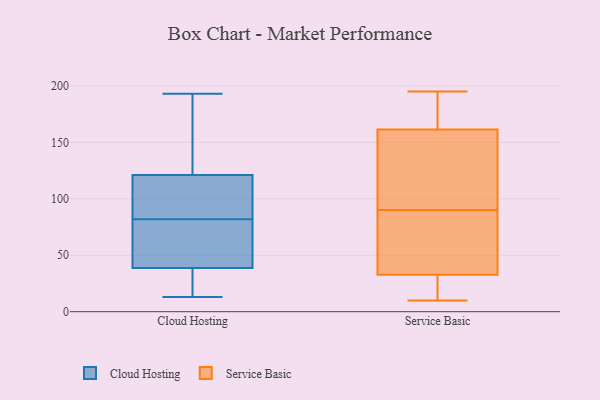
{"axis": {"x": "Backlog", "y": "Value"}, "legend": ["Cloud Hosting", "Service Basic"], "data": [{"x": "", "y": 193, "type": "Cloud Hosting"}, {"x": "", "y": 56, "type": "Cloud Hosting"}, {"x": "", "y": 82, "type": "Cloud Hosting"}, {"x": "", "y": 121, "type": "Cloud Hosting"}, {"x": "", "y": 13, "type": "Cloud Hosting"}, {"x": "", "y": 66, "type": "Cloud Hosting"}, {"x": "", "y": 185, "type": "Cloud Hosting"}, {"x": "", "y": 121, "type": "Cloud Hosting"}, {"x": "", "y": 33, "type": "Cloud Hosting"}, {"x": "", "y": 23, "type": "Cloud Hosting"}, {"x": "", "y": 118, "type": "Cloud Hosting"}, {"x": "", "y": 32, "type": "Service Basic"}, {"x": "", "y": 146, "type": "Service Basic"}, {"x": "", "y": 163, "type": "Service Basic"}, {"x": "", "y": 62, "type": "Service Basic"}, {"x": "", "y": 182, "type": "Service Basic"}, {"x": "", "y": 90, "type": "Service Basic"}, {"x": "", "y": 119, "type": "Service Basic"}, {"x": "", "y": 10, "type": "Service Basic"}, {"x": "", "y": 104, "type": "Service Basic"}, {"x": "", "y": 35, "type": "Service Basic"}, {"x": "", "y": 14, "type": "Service Basic"}, {"x": "", "y": 170, "type": "Service Basic"}, {"x": "", "y": 17, "type": "Service Basic"}, {"x": "", "y": 195, "type": "Service Basic"}, {"x": "", "y": 30, "type": "Service Basic"}, {"x": "", "y": 85, "type": "Service Basic"}, {"x": "", "y": 157, "type": "Service Basic"}, {"x": "", "y": 57, "type": "Service Basic"}, {"x": "", "y": 169, "type": "Service Basic"}]}